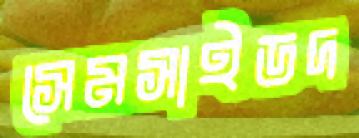
সেমসাইডদ